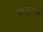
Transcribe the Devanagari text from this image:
दिलसुखनगर